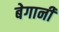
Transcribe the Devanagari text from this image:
बेगानी